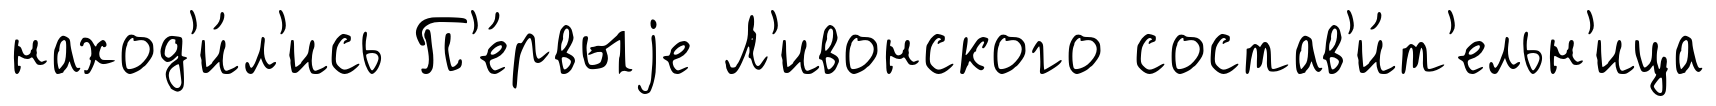
наход'и́л'ись П'е́рвыjе Л'ивонского состав'и́т'ельн'ица